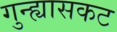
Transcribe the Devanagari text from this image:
गुन्ह्यासकट